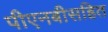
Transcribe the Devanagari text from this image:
पीएनबीसहित